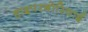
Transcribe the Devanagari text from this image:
हाइपरबोरियाई